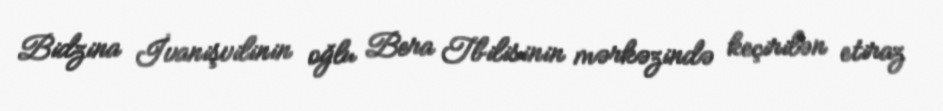
Bidzina İvanişvilinin oğlu Bera Tbilisinin mərkəzində keçirilən etiraz